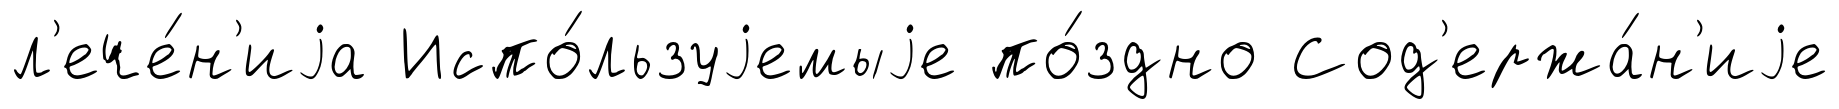
л'ече́н'иjа Испо́льзуjемыjе по́здно Сод'ержа́н'иjе